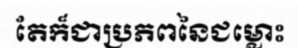
តែក៏ជាប្រភពនៃជម្លោះ